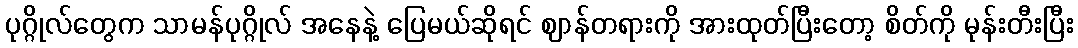
ပုဂ္ဂိုလ်တွေက သာမန်ပုဂ္ဂိုလ် အနေနဲ့ ပြေမယ်ဆိုရင် ဈာန်တရားကို အားထုတ်ပြီးတော့ စိတ်ကို မုန်းတီးပြီး